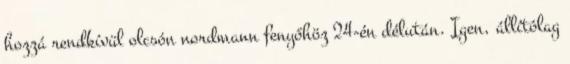
hozzá rendkívül olcsón nordmann fenyőhöz 24-én délután. Igen, állítólag